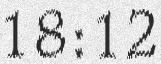
18:12